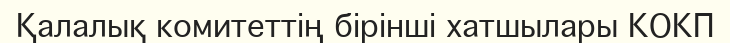
Қалалық комитеттің бірінші хатшылары КОКП